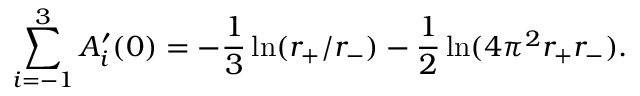
\sum _ { i = - 1 } ^ { 3 } A _ { i } ^ { \prime } ( 0 ) = - { \frac { 1 } { 3 } } \ln ( r _ { + } / r _ { - } ) - { \frac { 1 } { 2 } } \ln ( 4 \pi ^ { 2 } r _ { + } r _ { - } ) .